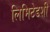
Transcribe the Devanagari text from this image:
लिमिटेडशी